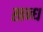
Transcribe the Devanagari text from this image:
खन्ध